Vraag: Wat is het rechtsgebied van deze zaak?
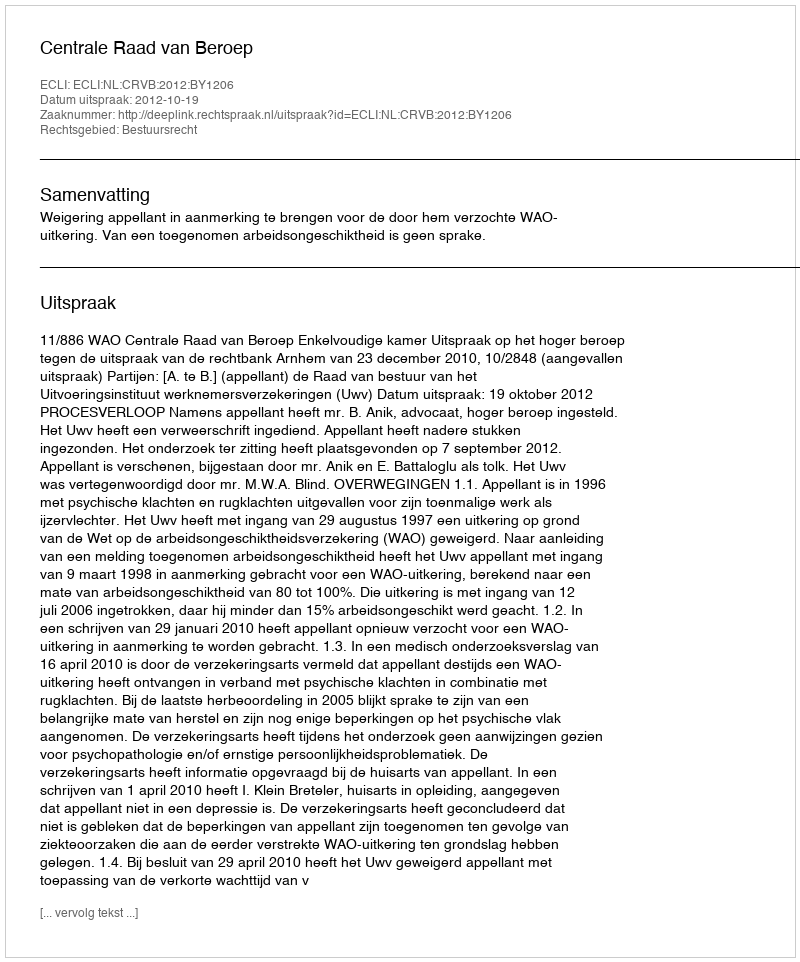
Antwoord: Bestuursrecht